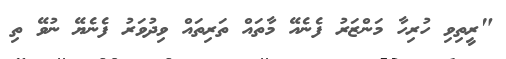
"ރީތިވި ހުރިހާ މަންޒަރު ފެނެއޭ މާތައް ތަރިތައް ވިދުވަރު ފެނެޔޭ ނުވޭ ތި